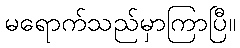
မရောက်သည်မှာကြာပြီ။